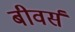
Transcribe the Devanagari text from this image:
बीवर्स